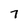
Character: 7